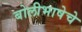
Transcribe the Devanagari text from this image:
बोलीभाषेचे